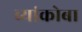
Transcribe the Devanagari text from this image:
व्यांकोबा